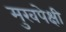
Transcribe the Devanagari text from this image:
मुखपेक्षी